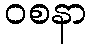
ဝစနာ